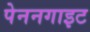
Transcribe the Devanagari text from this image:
पेननगाइट